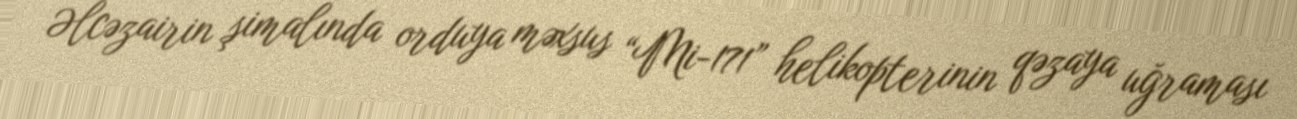
Əlcəzairin şimalında orduya məxsus “Mi-171” helikopterinin qəzaya uğraması